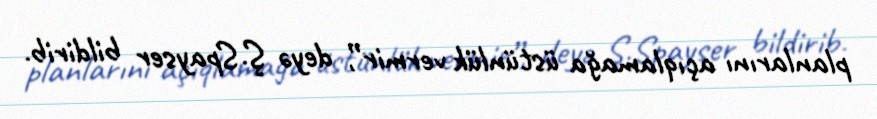
planlarını açıqlamağa üstünlük vermir”, deyə Ş.Spayser bildirib.